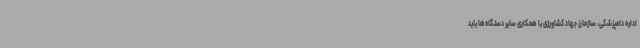
اداره دامپزشکی، سازمان جهاد کشاورزی با همکاری سایر دستگاه‌ها باید